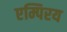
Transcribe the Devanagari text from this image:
एम्पिरय